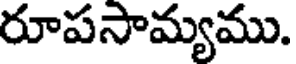
రూపసామ్యము.